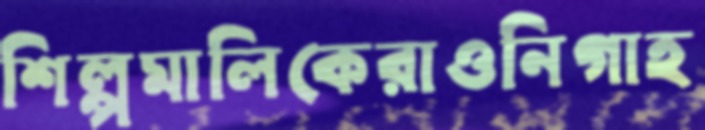
শিল্পমালিকেরাওনিগাহ